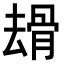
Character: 𠬒